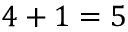
4 + 1 = 5